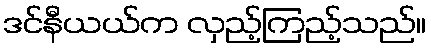
ဒင်နီယယ်က လှည့်ကြည့်သည်။